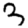
Digit: 3